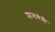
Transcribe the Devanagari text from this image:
प्रानमंत्री